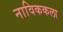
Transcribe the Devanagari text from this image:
नाविककला